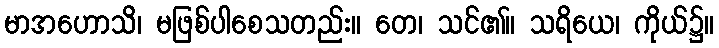
မာအဟောသိ၊ မဖြစ်ပါစေသတည်း။ တေ၊ သင်၏။ သရိယေ၊ ကိုယ်၌။